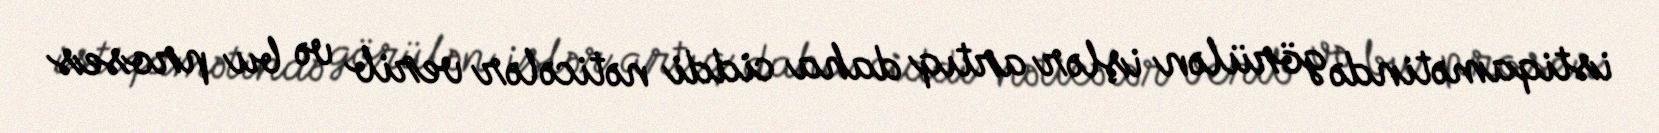
istiqamətində görülən işlər artıq daha ciddi nəticələr verib və bu proses